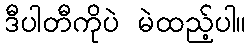
ဒီပါတီကိုပဲ မဲထည့်ပါ။